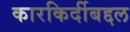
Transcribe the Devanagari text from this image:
कारकिर्दीबद्दल